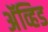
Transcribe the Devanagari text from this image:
अॅव्हिड